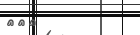
١٢١